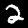
Label: 2